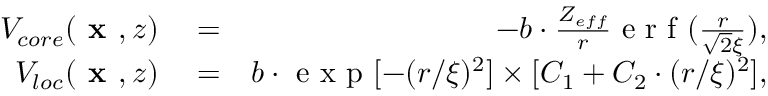
\begin{array} { r l r } { V _ { c o r e } ( \textbf { x } , z ) } & { { } = } & { - b \cdot \frac { Z _ { e f f } } { r } \textrm { e r f } ( \frac { r } { \sqrt { 2 } \xi } ) , } \\ { V _ { l o c } ( \textbf { x } , z ) } & { { } = } & { b \cdot \textrm { e x p } [ - ( r / \xi ) ^ { 2 } ] \times [ C _ { 1 } + C _ { 2 } \cdot ( r / \xi ) ^ { 2 } ] , } \end{array}